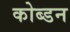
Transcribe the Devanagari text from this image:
कोब्डन